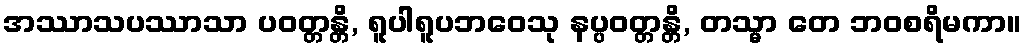
အဿာသပဿာသာ ပဝတ္တန္တိ, ရူပါရူပဘဝေသု နပ္ပဝတ္တန္တိ, တသ္မာ တေ ဘဝစရိမကာ။